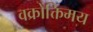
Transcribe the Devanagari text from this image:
वक्रोक्तिमय